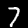
Digit: 7